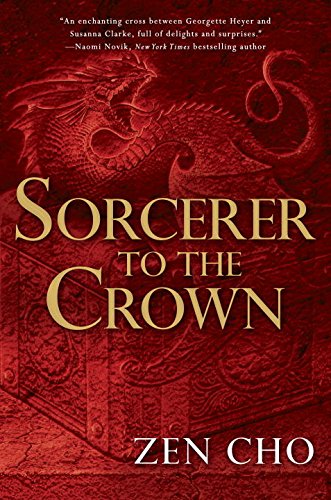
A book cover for Sorcerer to the Crown: A Sorcerer Royal Novel; Zen Cho; Science Fiction & Fantasy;